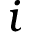
i